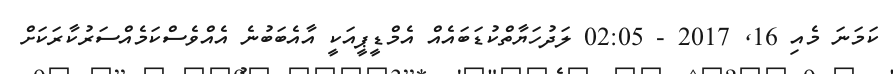
ކަމަނަ މެއި 16